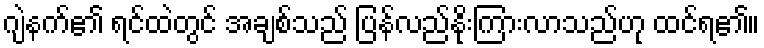
ဂျဲနက်၏ ရင်ထဲတွင် အချစ်သည် ပြန်လည်နိုးကြားလာသည်ဟု ထင်ရ၏။